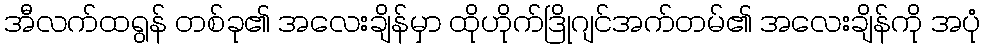
အီလက်ထရွန် တစ်ခု၏ အလေးချိန်မှာ ထိုဟိုက်ဒြိုဂျင်အက်တမ်၏ အလေးချိန်ကို အပုံ